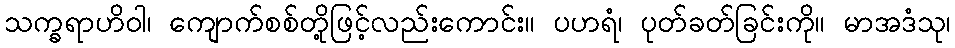
သက္ခရာဟိဝါ၊ ကျောက်စစ်တို့ဖြင့်လည်းကောင်း။ ပဟရံ၊ ပုတ်ခတ်ခြင်းကို။ မာအဒံသု၊